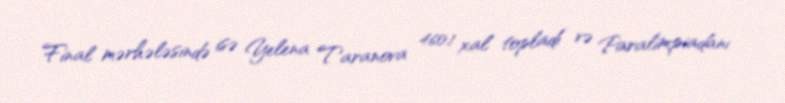
Final mərhələsində isə Yelena Taranova 460.1 xal topladı və Paralimpiadanı